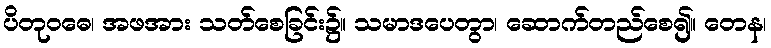
ပိတုဝဓေ၊ အဖအား သတ်စေခြင်း၌။ သမာဒပေတွာ၊ ဆောက်တည်စေ၍။ တေန၊